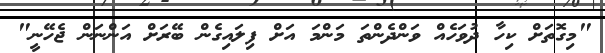
"މިގޮތަށް ކިހާ ދުވަހެއް ވަންދެންތަ މަންމަ އަށް ފިލައިގެން ބޭރަށް އަންނަން ޖެހޭނީ"